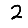
Digit: 2